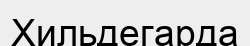
Хильдегарда